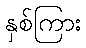
နှစ်ကြား